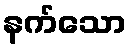
နက်သော